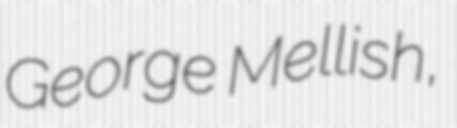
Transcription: George Mellish,